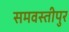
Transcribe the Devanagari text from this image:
समवस्तीपुर